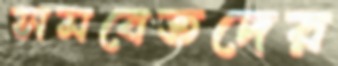
সমবেতদের